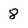
Character: 8